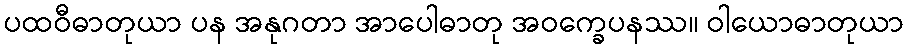
ပထဝီဓာတုယာ ပန အနုဂတာ အာပေါဓာတု အဝက္ခေပနဿ။ ဝါယောဓာတုယာ